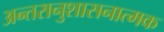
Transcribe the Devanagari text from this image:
अन्तरानुशासनात्मक